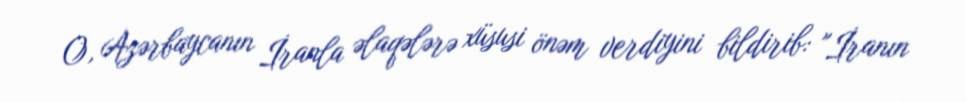
O, Azərbaycanın İranla əlaqələrə xüsusi önəm verdiyini bildirib: "İranın